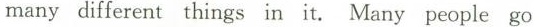
many different things in it. Many people go